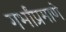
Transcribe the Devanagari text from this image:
गर्भांप्रमाणे